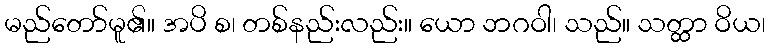
မည်တော်မူ၏။ အပိ စ၊ တစ်နည်းလည်း။ ယော ဘဂဝါ၊ သည်။ သတ္ထာ ဝိယ၊